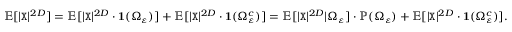
\begin{array} { r } { \mathbb { E } [ | { \texttt X } | ^ { 2 D } ] = \mathbb { E } [ | { \texttt X } | ^ { 2 D } \cdot \mathbf { 1 } ( \Omega _ { \varepsilon } ) ] + \mathbb { E } [ | { \texttt X } | ^ { 2 D } \cdot \mathbf { 1 } ( \Omega _ { \varepsilon } ^ { c } ) ] = \mathbb { E } [ | { \texttt X } | ^ { 2 D } | \Omega _ { \varepsilon } ] \cdot \mathbb { P } ( \Omega _ { \varepsilon } ) + \mathbb { E } [ | { \texttt X } | ^ { 2 D } \cdot \mathbf { 1 } ( \Omega _ { \varepsilon } ^ { c } ) ] . } \end{array}